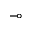
\multimap